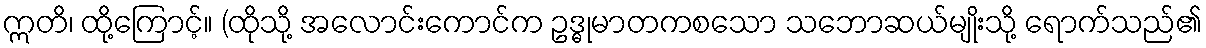
ဣတိ၊ ထို့ကြောင့်။ (ထိုသို့ အလောင်းကောင်က ဥဒ္ဓုမာတကစသော သဘောဆယ်မျိုးသို့ ရောက်သည်၏